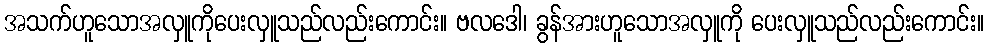
အသက်ဟူသောအလှူကိုပေးလှူသည်လည်းကောင်း။ ဗလဒေါ၊ ခွန်အားဟူသောအလှူကို ပေးလှူသည်လည်းကောင်း။